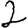
Digit: 2